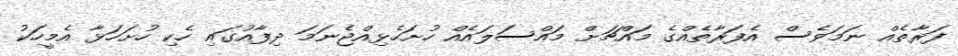
ފަރާތެއް ނަމަވެސް އެފަރާތެއްގެ މައްޗަށް މައްސަލައެއް ހުށަހެޅިއްޖެނަމަ ދިފާއުގައި ހެކި ހުށަހަޅާ އެމީހަކު